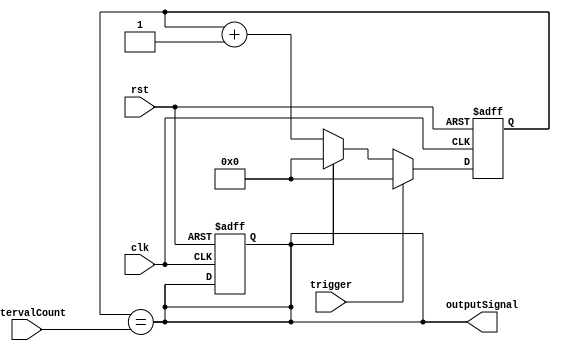
module IntervalTimer (
    input wire clk,
    input wire rst,
    input wire trigger,
    input wire [31:0] intervalCount,
    output reg outputSignal
);

reg [31:0] count;

always @(posedge clk or posedge rst) begin
    if (rst) begin
        count <= 32'h0;
        outputSignal <= 1'b0;
    end else begin
        if (trigger) begin
            count <= 32'h0;
        end else begin
            if (count == intervalCount) begin
                count <= 32'h0;
            end else begin
                count <= count + 1;
            end
        end
    end
end

assign outputSignal = (count == intervalCount);

endmodule